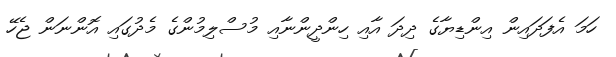
ހަމަ އެފަދައިން އިންޑިޔާގެ ދިދަ އާއި ހިންދީންނާއި މުސްލިމުންގެ މެދުގައި އޮންނަން ޖެހޭ